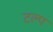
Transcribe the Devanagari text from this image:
टल्प